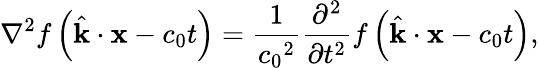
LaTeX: \nabla^{2}f\left({\hat{\mathbf{k}}}\cdot\mathbf{x}-c_{0}t\right)={\frac{1}{{c_{0}}^{2}}}{\frac{\partial^{2}}{\partial t^{2}}}f\left({\hat{\mathbf{k}}}\cdot\mathbf{x}-c_{0}t\right),